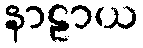
နာဠာယ